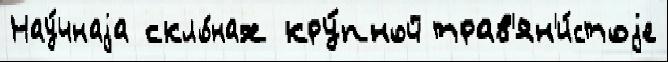
Нау́чнаjа скло́нах кру́пной трав'ян'и́стоjе